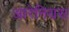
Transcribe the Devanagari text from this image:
आरेनियस